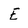
Character: E